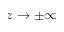
z \rightarrow \pm \infty